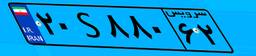
۲۰S۸۸۰۶۲